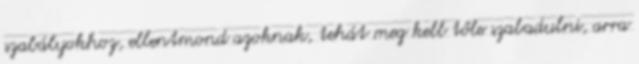
szabályokhoz, ellentmond azoknak, tehát meg kell tőle szabadulni, arra